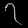
Digit: ၇